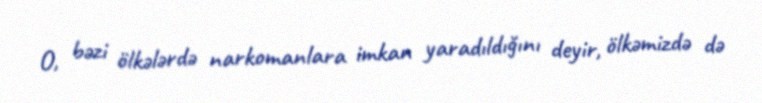
O, bəzi ölkələrdə narkomanlara imkan yaradıldığını deyir, ölkəmizdə də